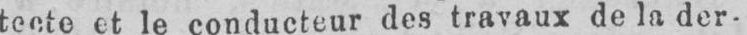
tecte et le conducteur des travaux de la der-